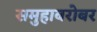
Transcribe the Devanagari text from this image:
समुहाबरोबर